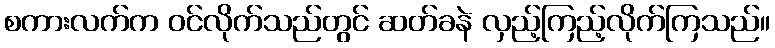
စကားလက်က ဝင်လိုက်သည်တွင် ဆတ်ခနဲ လှည့်ကြည့်လိုက်ကြသည်။